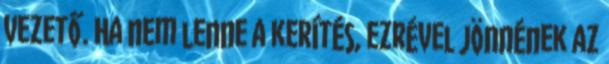
vezető. Ha nem lenne a kerítés, ezrével jönnének az